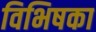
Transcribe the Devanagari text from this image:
विभिषका